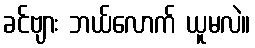
ခင်ဗျား ဘယ်လောက် ယူမလဲ။